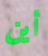
أين